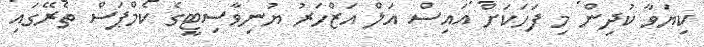
ކިޔަވާ ކުދިން މި ފަހަކަށް އައިސް އަލް އަޒްހަރު ޔުނިވާސިޓީގެ ކެމްޕަސް ތެރޭގައި